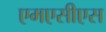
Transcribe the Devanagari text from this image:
एमएसीएस